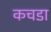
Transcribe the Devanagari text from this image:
कचडा